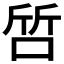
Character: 啠